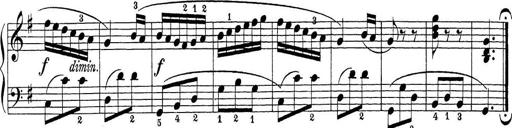
Title: Sonatina Album
Composer: Louis KÃ¶hler